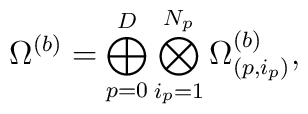
\Omega^{(b)}=\bigoplus_{p=0}^D\bigotimes_{i_p=1}^{N_p} \Omega^{(b)}_{(p,i_{p})},